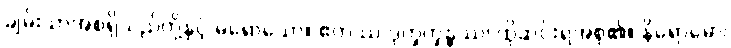
ချမ်းသာအစရှိသည်တို့နှင့် မရောသော။ ဧတဿ ဒုက္ခက္ခန္ဓဿ၊ ထိုဆင်းရဲအစု၏။ နိရောဓော၊